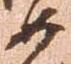
如